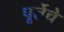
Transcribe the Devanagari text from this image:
पूर्तेचे